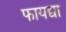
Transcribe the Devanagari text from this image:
फायद्या